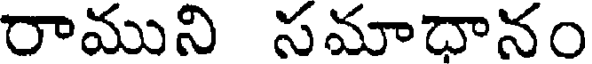
రాముని సమాధానం